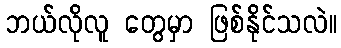
ဘယ်လိုလူ တွေမှာ ဖြစ်နိုင်သလဲ။